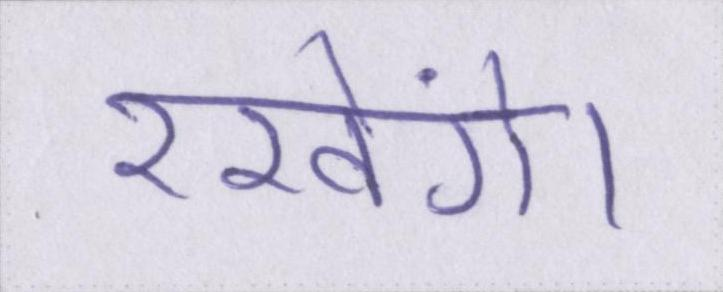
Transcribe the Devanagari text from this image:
रखेंगे।